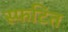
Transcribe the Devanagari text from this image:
स्फटित